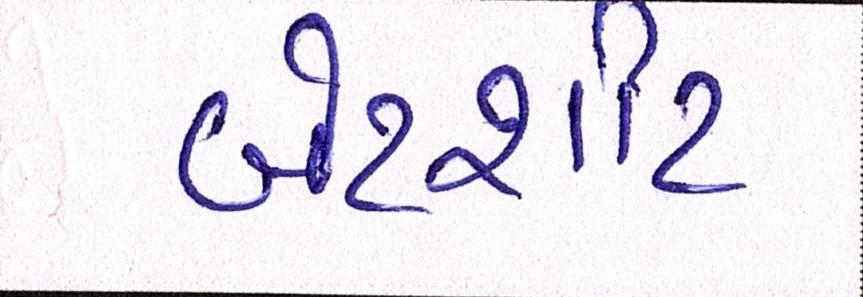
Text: બેડશીટ